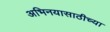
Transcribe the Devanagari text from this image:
अभिनयासाठीच्या